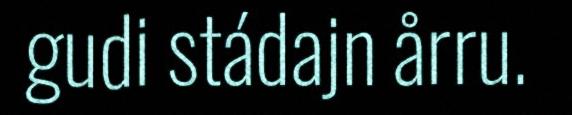
gudi stádajn årru.